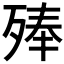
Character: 𣨞